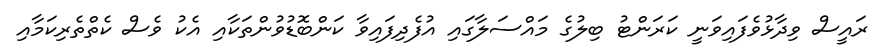
ރައީސް ވިދާޅުވެފައިވަނީ ކަރަންޓު ބިލުގެ މައްސަލާގައި އުފެދިފައިވާ ކަންބޮޑުވުންތަކާއި އެކު ވެސް ކެތްތެރިކަމާއި